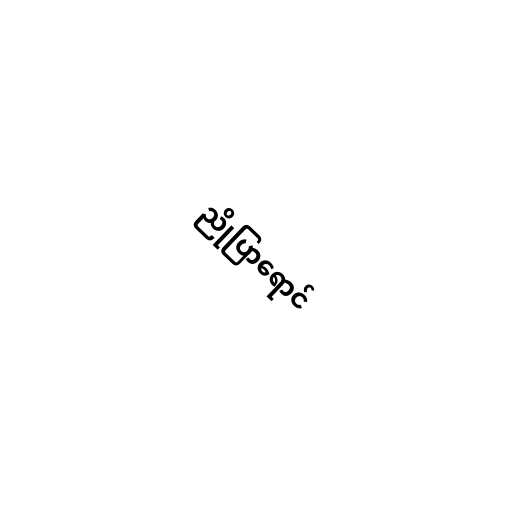
ညိုပြာရောင်